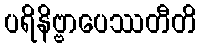
ပရိနိဗ္ဗာပေဿတီတိ